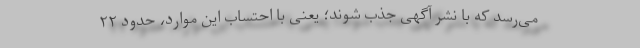
می‌رسد که با نشر آگهی جذب شوند؛ یعنی با احتساب این موارد، حدود ۲۲